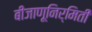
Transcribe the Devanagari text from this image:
बीजाणूनिर्मिती